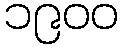
၁၉၀၀